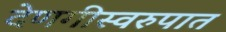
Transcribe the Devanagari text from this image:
देणगीस्वरुपात